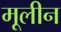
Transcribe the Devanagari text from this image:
मूलीन